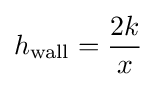
h_{\rm {wall}}={2k \over x}